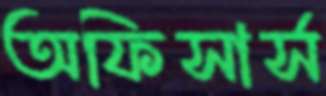
অফিসার্স